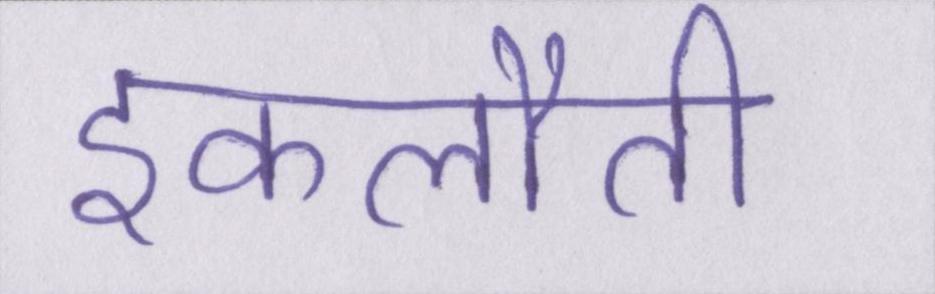
इकलौती